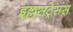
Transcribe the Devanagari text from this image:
इल्लसट्रेसंस